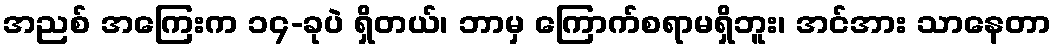
အညစ် အကြေးက ၁၄-ခုပဲ ရှိတယ်၊ ဘာမှ ကြောက်စရာမရှိဘူး၊ အင်အား သာနေတာ